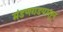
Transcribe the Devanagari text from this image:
मंडणगडपासून